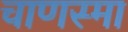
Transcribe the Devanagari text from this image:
चाणस्मा